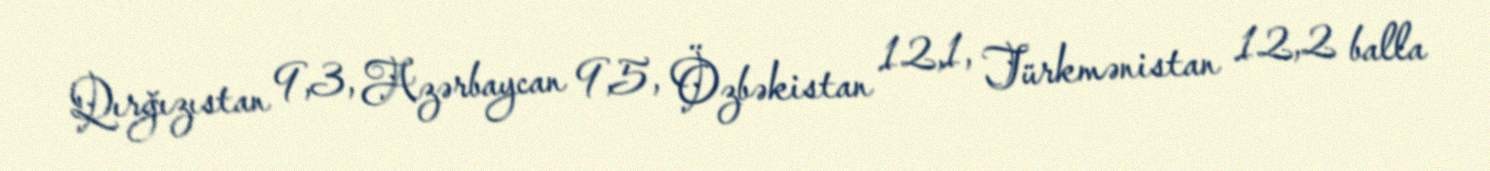
Qırğızıstan 9,3, Azərbaycan 9,5, Özbəkistan 12,1, Türkmənistan 12,2 balla